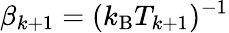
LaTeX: \beta_{k+1}=(k_{\mathrm{B}}T_{k+1})^{-1}